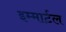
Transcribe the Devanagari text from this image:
इम्मार्टल